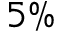
5 \%